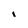
Character: i